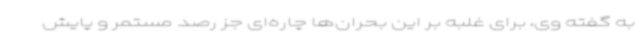
به گفته وی، برای غلبه بر این بحران‌ها چاره‌ای جز رصد مستمر و پایش